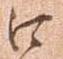
口